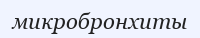
микробронхиты